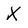
Character: X